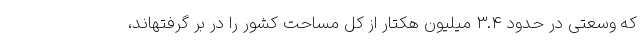
که وسعتی در حدود ۳.۴ میلیون هکتار از کل مساحت کشور را در بر گرفتهاند،